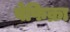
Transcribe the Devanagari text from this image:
बेफिक्रा